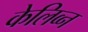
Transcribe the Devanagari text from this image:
केलिव्न